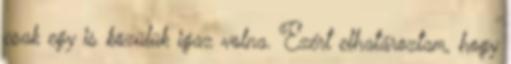
csak egy is közülük igaz volna. Ezért elhatároztam, hogy